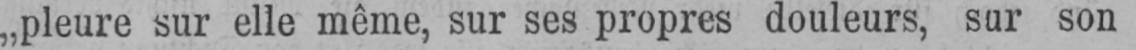
„pleure sur elle même, sur ses propres douleurs, sur son